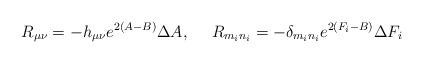
LaTeX: \begin{align*}R_{\mu\nu}=-h_{\mu\nu}e^{2(A-B)}\Delta A,~~~~ R_{m_{i}n_{i}}=-\delta_{m_{i}n_{i}}e^{2(F_{i}-B)}\Delta F_{i} \end{align*}